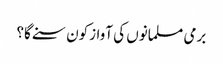
برمی مسلمانوں کی آوازکون سنے گا؟